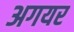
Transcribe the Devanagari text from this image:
अगयर